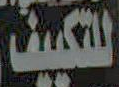
للتكييف